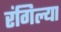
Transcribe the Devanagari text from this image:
रंगिल्या